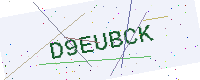
Text: D9EUBCK